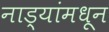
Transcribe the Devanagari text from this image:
नाड्यांमधून